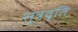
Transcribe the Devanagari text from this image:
सूत्रवृति